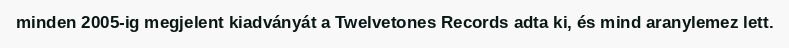
minden 2005-ig megjelent kiadványát a Twelvetones Records adta ki, és mind aranylemez lett.